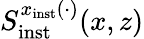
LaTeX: S_{\mathrm{inst}}^{x_{\mathrm{inst}}(\cdot)}(x,z)